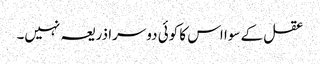
عقل کے سوا اس کا کوئی دوسرا ذریعہ نہیں۔